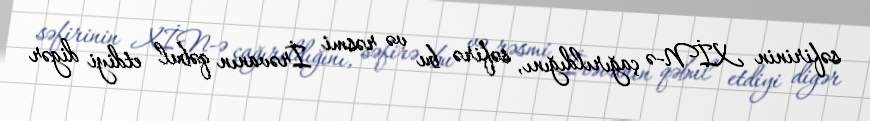
səfirinin XİN-ə çağırıldığını, səfirə bu və rəsmi İrəvanın qəbul etdiyi digər